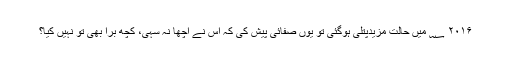
۲۰۱۶ ؁ میں حالت مزیدپتلی ہوگئی تو یوں صفائی پیش کی کہ اس نے اچھا نہ سہی، کچھ برا بھی تو نہیں کیا؟